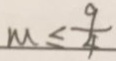
M \leq \frac { 9 } { 4 }